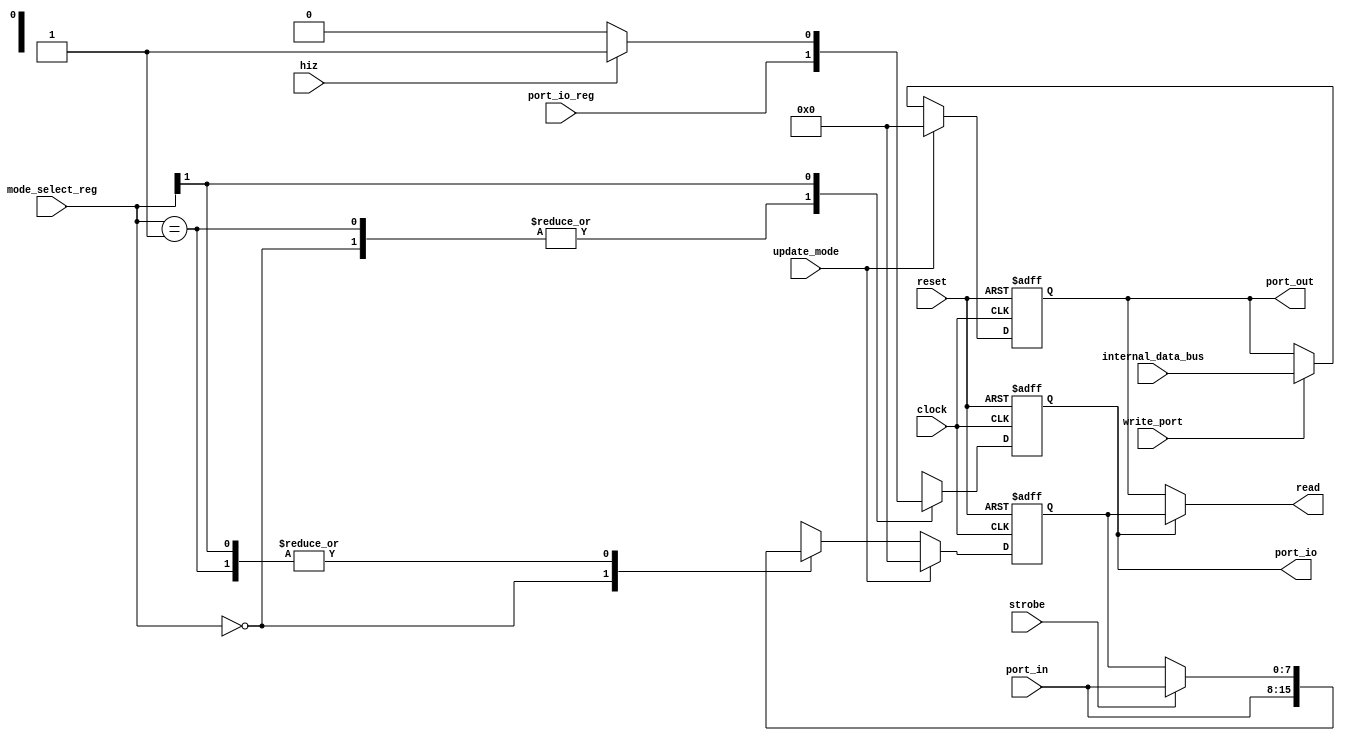
`default_nettype none

module KF8255_Port (
	input		wire					clock,
	input		wire					reset,
	input		wire	[7:0]			internal_data_bus,
	input		wire					write_port,
	input		wire					update_mode,
	input		wire	[1:0]			mode_select_reg,
	input		wire					port_io_reg,
	input		wire					strobe,
	input		wire					hiz,
	output	reg					port_io,
	output	reg	[7:0]			port_out,
	input		wire	[7:0]			port_in,
	output	wire	[7:0]			read
	);

	always @(posedge clock or posedge reset)
		if (reset)
			port_io <= 1'b1;
		else
			casez (mode_select_reg)
				2'b00: port_io <= port_io_reg;
				2'b01: port_io <= port_io_reg;
				2'b1z: port_io <= (hiz == 1'b0 ? 1'b0 : 1'b1);
				default: port_io <= port_io_reg;
			endcase
	always @(posedge clock or posedge reset)
		if (reset)
			port_out <= 8'b00000000;
		else if (update_mode)
			port_out <= 8'b00000000;
		else if (write_port)
			port_out <= internal_data_bus;
		else
			port_out <= port_out;
	reg [7:0] read_tmp;
	always @(posedge clock or posedge reset)
		if (reset)
			read_tmp <= 8'b00000000;
		else if (update_mode)
			read_tmp <= 8'b00000000;
		else
			casez (mode_select_reg)
				2'b00: read_tmp <= port_in;
				2'b01: read_tmp <= (strobe == 1'b0 ? read_tmp : port_in);
				2'b1z: read_tmp <= (strobe == 1'b0 ? read_tmp : port_in);
				default: read_tmp <= read_tmp;
			endcase
	assign read = (port_io == 1'b1 ? read_tmp : port_out);
endmodule